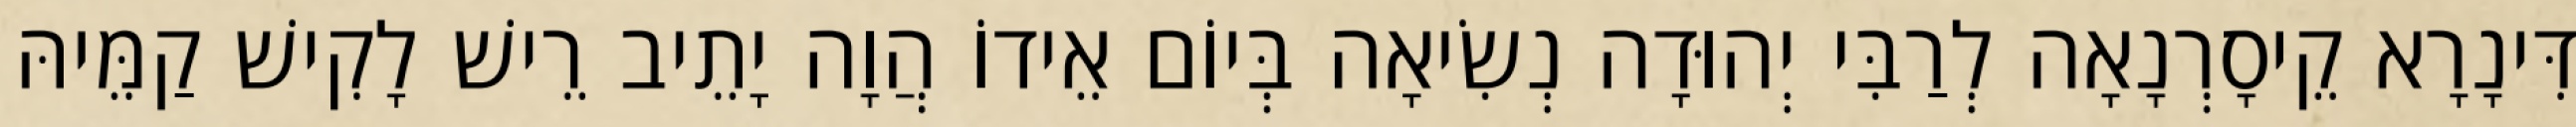
דִּינָרָא קֵיסָרְנָאָה לְרַבִּי יְהוּדָה נְשִׂיאָה בְּיוֹם אֵידוֹ הֲוָה יָתֵיב רֵישׁ לָקִישׁ קַמֵּיהּ